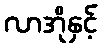
လာအိုနှင့်